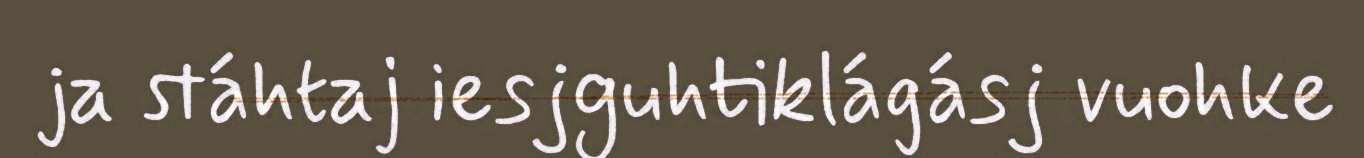
ja stáhtaj iesjguhtiklágásj vuohke